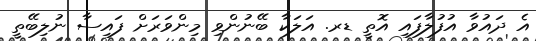
އެ ދައުވާ އުފުލާފައި އޮތީ ޑރ. އަލަކާ ބޭނުންވި މިންވަރަށް ފައިސާ ނުލިބޭތީ